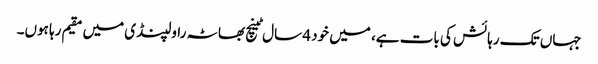
جہاں تک رہائش کی بات ہے، میں خود 4 سال ٹینچ بھاٹہ راولپنڈی میں مقیم رہا ہوں۔